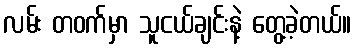
လမ်း တဝက်မှာ သူငယ်ချင်းနဲ့ တွေ့ခဲ့တယ်။